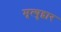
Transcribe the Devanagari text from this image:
मृत्युद्वार